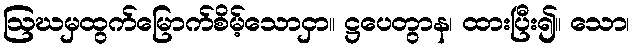
ဩဃမှထွက်မြောက်စိမ့်သောငှာ။ ဋ္ဌပေတွာန၊ ထားပြီး၍။ သော၊